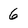
Character: 6